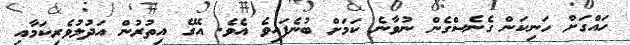
ހައްގަށް ހަނިކަން ގެނެސްގެން ނުވާނެ ކަމަށް ބުނެފައިވެ އެވެ. އޭގެ އިތުރުން އަދުލުވެރިކަމާއި